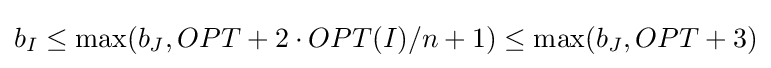
b_{I}\leq \max(b_{J},OPT+2\cdot OPT(I)/n+1)\leq \max(b_{J},OPT+3)